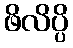
ဖိလိပ္ပိ